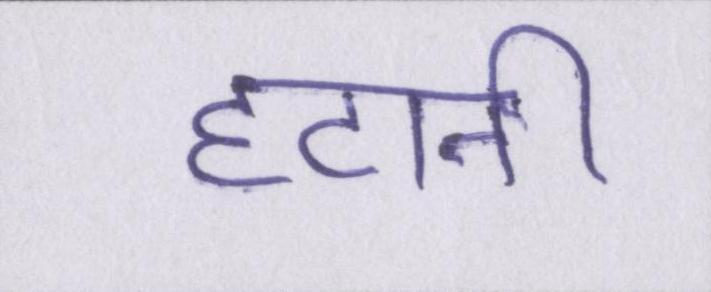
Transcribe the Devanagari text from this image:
हटानी